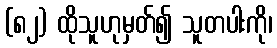
(၈၂) ထိုသူဟုမှတ်၍ သူတပါးကို၊